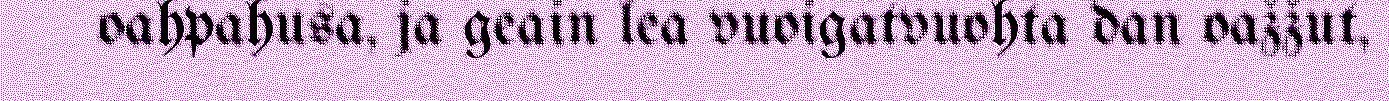
oahpahusa, ja geain lea vuoigatvuohta dan oažžut,